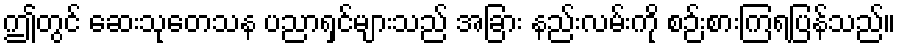
ဤတွင် ဆေးသုတေသန ပညာရှင်များသည် အခြား နည်းလမ်းကို စဉ်းစားကြရပြန်သည်။